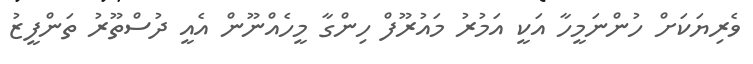
ވެރިޔަކަށް ހުންނަމީހާ އަކީ އަމުރު މައުރޫފް ހިންގާ މީހެއްނޫން އެއީ ދުސްތޫރު ތަންފީޒު